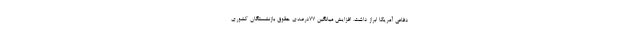
دفاعی آمریکا ابراز داشت. افزایش میانگین ۷۷درصدی حقوق بازنشستگان کشوری